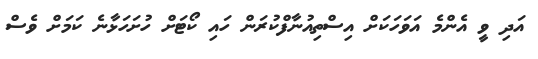
އަދި ވީ އެންމެ އަވަހަކަށް އިސްތިއުނާފްކުރަން ހައި ކޯޓަށް ހުށަހަޅާނެ ކަމަށް ވެސް